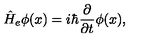
\hat { H } _ { e } \phi ( x ) = i \hbar \frac { \partial } { \partial t } \phi ( x ) ,